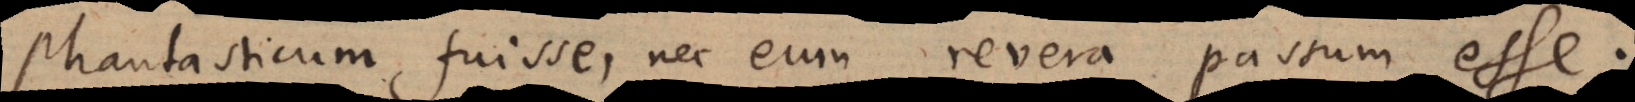
phantasticum fuisse, nec eum revera passum esse.